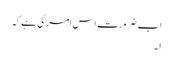
اب ضرورت اس امر کی ہے کہ
۱۔